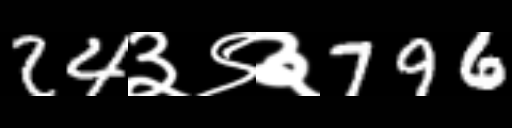
Text: 24३९३796